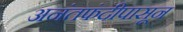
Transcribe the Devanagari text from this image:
अनंतफंदीपासून